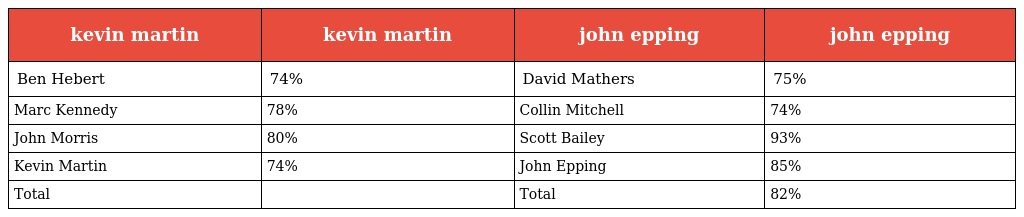
| kevin martin | kevin martin | john epping | john epping |
 | --- | --- | --- | --- |
 | Ben Hebert | 74% | David Mathers | 75% |
 | Marc Kennedy | 78% | Collin Mitchell | 74% |
 | John Morris | 80% | Scott Bailey | 93% |
 | Kevin Martin | 74% | John Epping | 85% |
 | Total |  | Total | 82% |